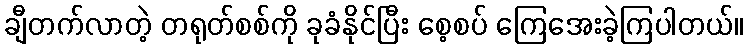
ချီတက်လာတဲ့ တရုတ်စစ်ကို ခုခံနိုင်ပြီး စေ့စပ် ကြေအေးခဲ့ကြပါတယ်။